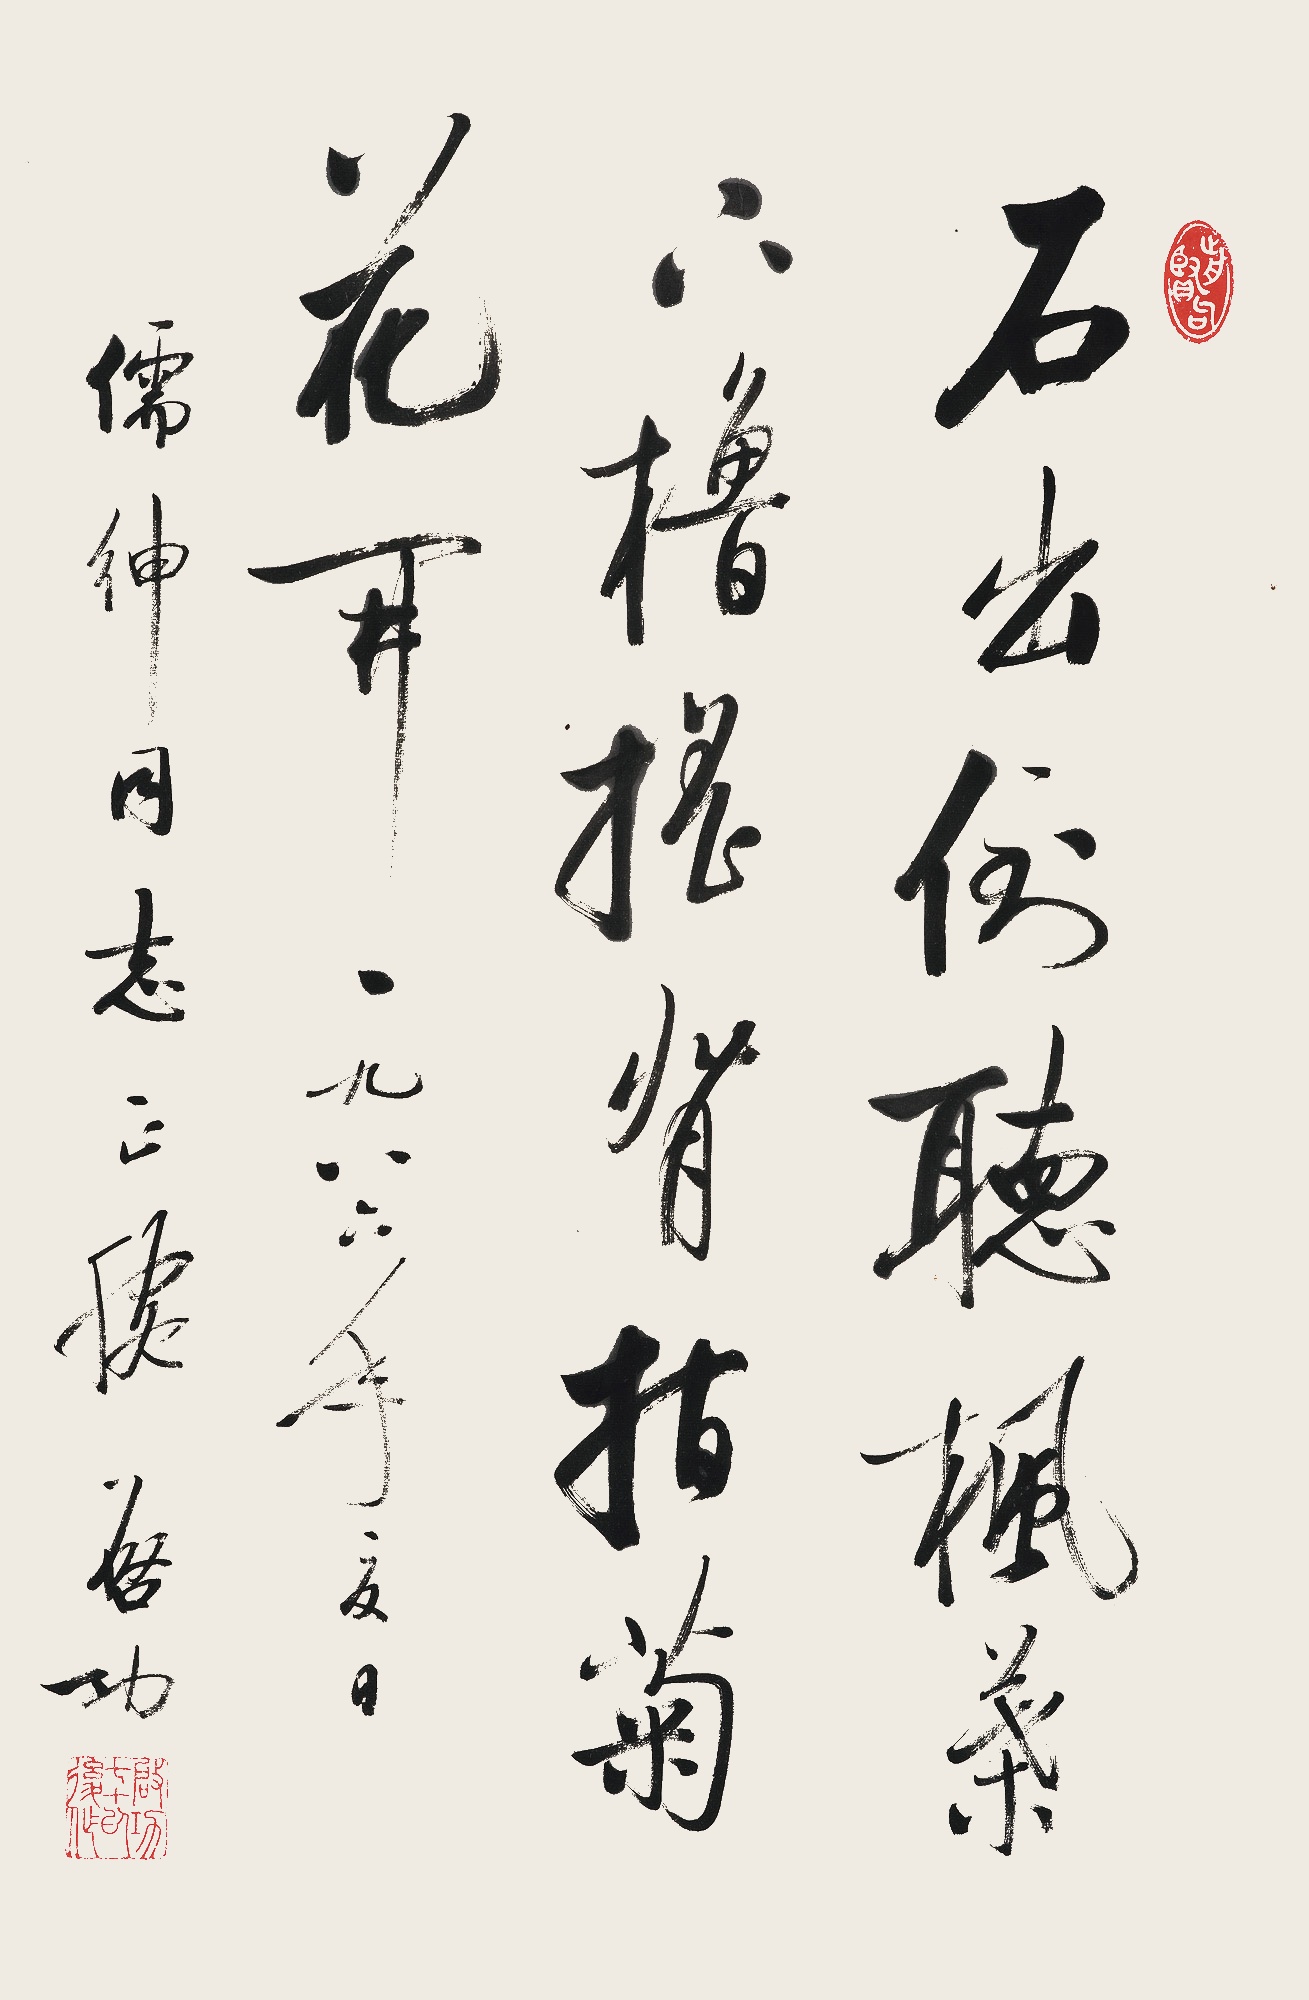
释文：石出倒听枫叶下，橹摇背指菊花开。一九八六年夏日，儒绅同志正腕。启功。